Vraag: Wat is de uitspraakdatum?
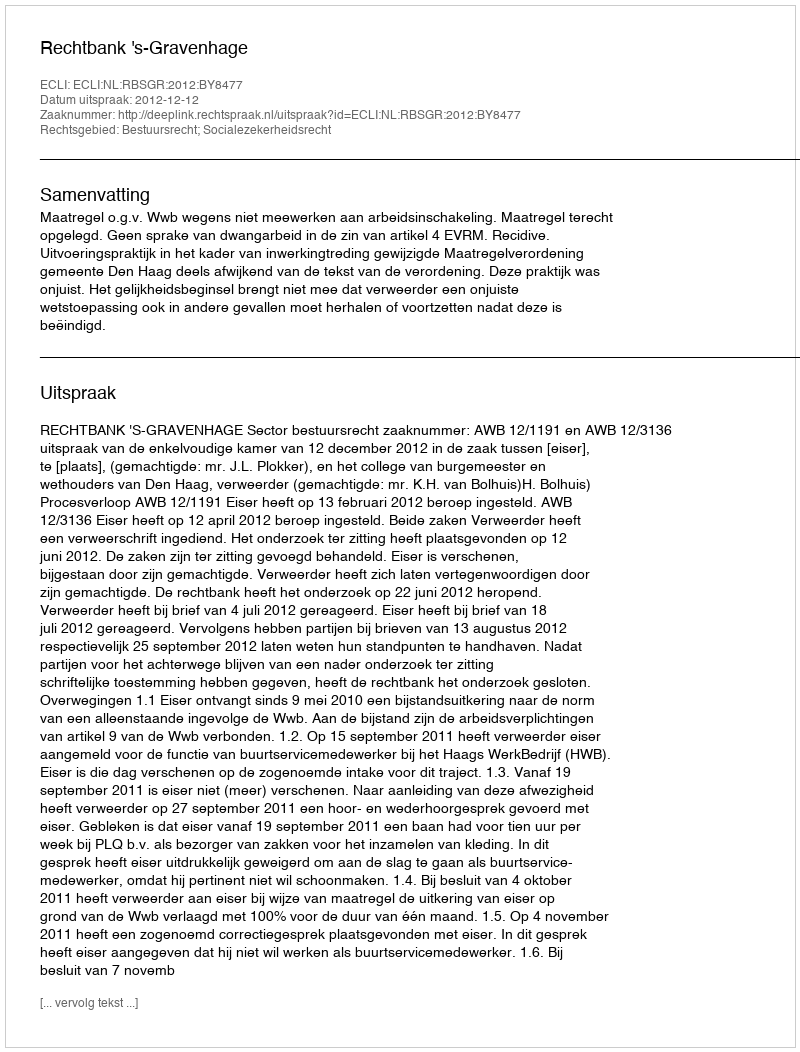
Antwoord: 2012-12-12